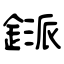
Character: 鎃